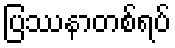
ပြဿနာတစ်ရပ်